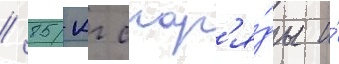
/ 85-кг снар'я́ды и́